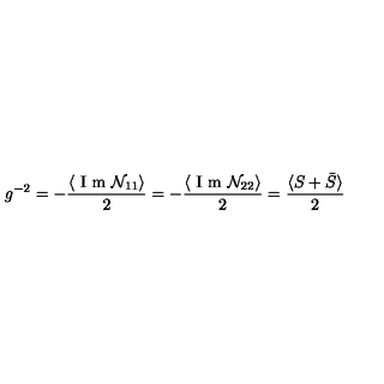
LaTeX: g ^ { - 2 } = - \frac { \langle \textrm { I m } \mathcal { N } _ { 1 1 } \rangle } { 2 } = - \frac { \langle \textrm { I m } \mathcal { N } _ { 2 2 } \rangle } { 2 } = \frac { \langle S + \bar { S } \rangle } { 2 }